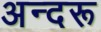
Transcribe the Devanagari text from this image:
अन्दरू